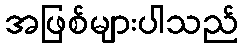
အဖြစ်များပါသည်